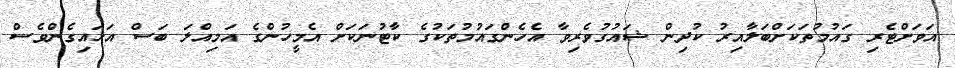
އަވަށްޓެރި ގައުމުތަކަށްބަލާއިރު ކުދިން ޝައުގުވެރިވާ އެހެންގައުމުތަކުގެ ކާޓުނަކަށް އެމީހުންގެ އަމިއްލަ ބަސް އަޅައިގެންވެސް